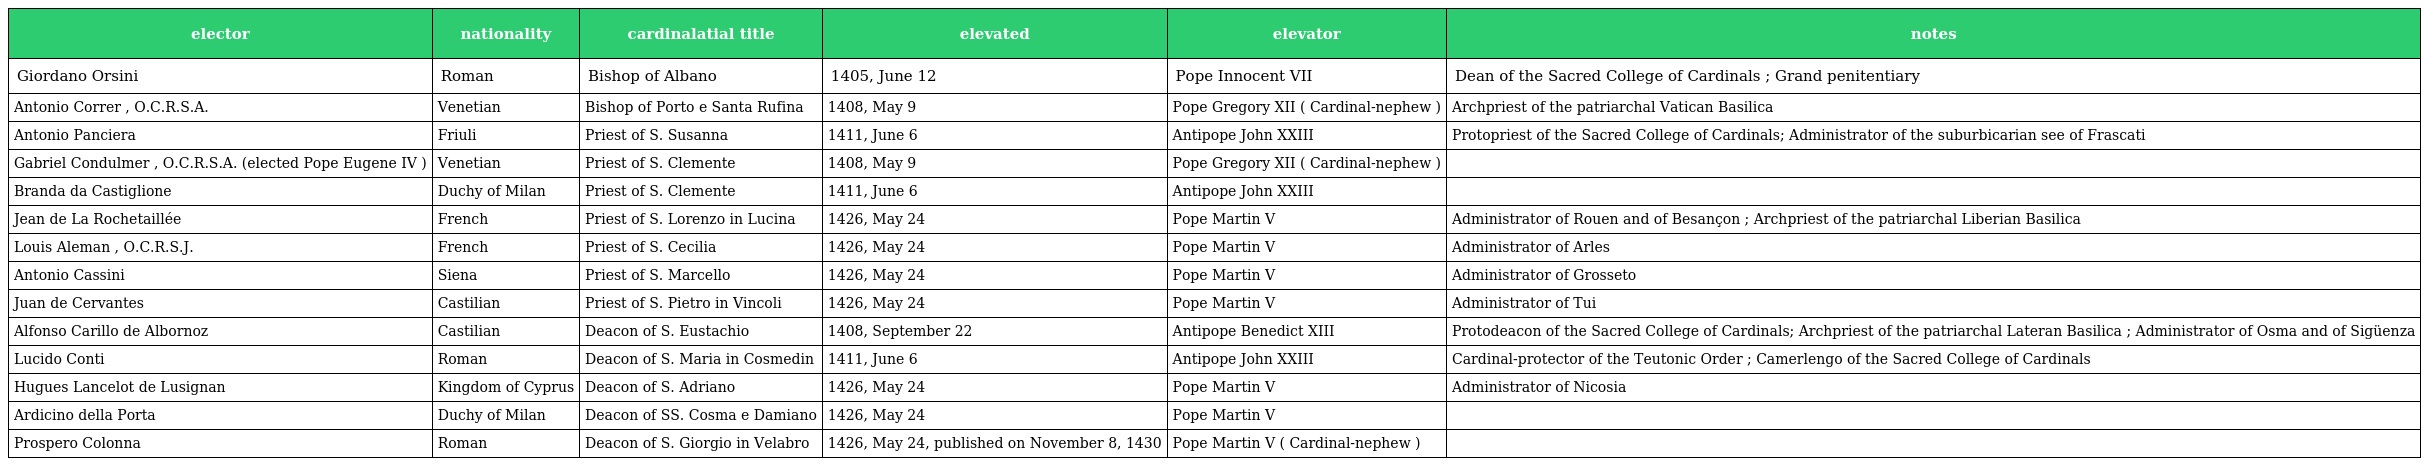
| elector | nationality | cardinalatial title | elevated | elevator | notes |
 | --- | --- | --- | --- | --- | --- |
 | Giordano Orsini | Roman | Bishop of Albano | 1405, June 12 | Pope Innocent VII | Dean of the Sacred College of Cardinals ; Grand penitentiary |
 | Antonio Correr , O.C.R.S.A. | Venetian | Bishop of Porto e Santa Rufina | 1408, May 9 | Pope Gregory XII ( Cardinal-nephew ) | Archpriest of the patriarchal Vatican Basilica |
 | Antonio Panciera | Friuli | Priest of S. Susanna | 1411, June 6 | Antipope John XXIII | Protopriest of the Sacred College of Cardinals; Administrator of the suburbicarian see of Frascati |
 | Gabriel Condulmer , O.C.R.S.A. (elected Pope Eugene IV ) | Venetian | Priest of S. Clemente | 1408, May 9 | Pope Gregory XII ( Cardinal-nephew ) |  |
 | Branda da Castiglione | Duchy of Milan | Priest of S. Clemente | 1411, June 6 | Antipope John XXIII |  |
 | Jean de La Rochetaillée | French | Priest of S. Lorenzo in Lucina | 1426, May 24 | Pope Martin V | Administrator of Rouen and of Besançon ; Archpriest of the patriarchal Liberian Basilica |
 | Louis Aleman , O.C.R.S.J. | French | Priest of S. Cecilia | 1426, May 24 | Pope Martin V | Administrator of Arles |
 | Antonio Cassini | Siena | Priest of S. Marcello | 1426, May 24 | Pope Martin V | Administrator of Grosseto |
 | Juan de Cervantes | Castilian | Priest of S. Pietro in Vincoli | 1426, May 24 | Pope Martin V | Administrator of Tui |
 | Alfonso Carillo de Albornoz | Castilian | Deacon of S. Eustachio | 1408, September 22 | Antipope Benedict XIII | Protodeacon of the Sacred College of Cardinals; Archpriest of the patriarchal Lateran Basilica ; Administrator of Osma and of Sigüenza |
 | Lucido Conti | Roman | Deacon of S. Maria in Cosmedin | 1411, June 6 | Antipope John XXIII | Cardinal-protector of the Teutonic Order ; Camerlengo of the Sacred College of Cardinals |
 | Hugues Lancelot de Lusignan | Kingdom of Cyprus | Deacon of S. Adriano | 1426, May 24 | Pope Martin V | Administrator of Nicosia |
 | Ardicino della Porta | Duchy of Milan | Deacon of SS. Cosma e Damiano | 1426, May 24 | Pope Martin V |  |
 | Prospero Colonna | Roman | Deacon of S. Giorgio in Velabro | 1426, May 24, published on November 8, 1430 | Pope Martin V ( Cardinal-nephew ) |  |